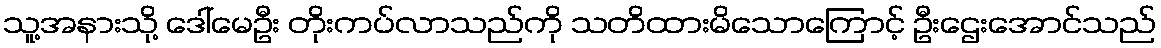
သူ့အနားသို့ ဒေါ်မေဦး တိုးကပ်လာသည်ကို သတိထားမိသောကြောင့် ဦးဌေးအောင်သည်